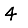
Digit: 4